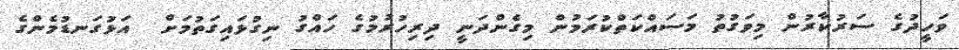
ވަހީދުގެ ސަރުކާރުން މިވަގުތު މަސައްކަތްކުރަމުން މިގެންދަނީ ދިރިހުރުމުގެ ހައްގު ނިގުޅައިގަތުމަށް  އަޅުގަނޑުމެންގެ